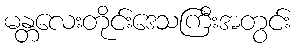
မန္တလေးတိုင်းဒေသကြီးအတွင်း